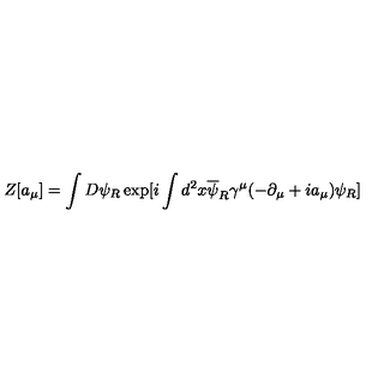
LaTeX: Z [ a _ { \mu } ] = \int D \psi _ { R } \exp [ i \int d ^ { 2 } x \overline { { \psi } } _ { R } \gamma ^ { \mu } ( - \partial _ { \mu } + i a _ { \mu } ) \psi _ { R } ]